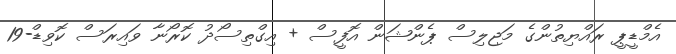
އެމްޑީޕީ ރައްޔިތުންގެ މަޖިލިސް ޕެންޝަން އޮފީސް + އިގްތިސޯދު ކޮރޯނާ ވައިރަސް ކޮވިޑް-19